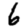
Digit: 6